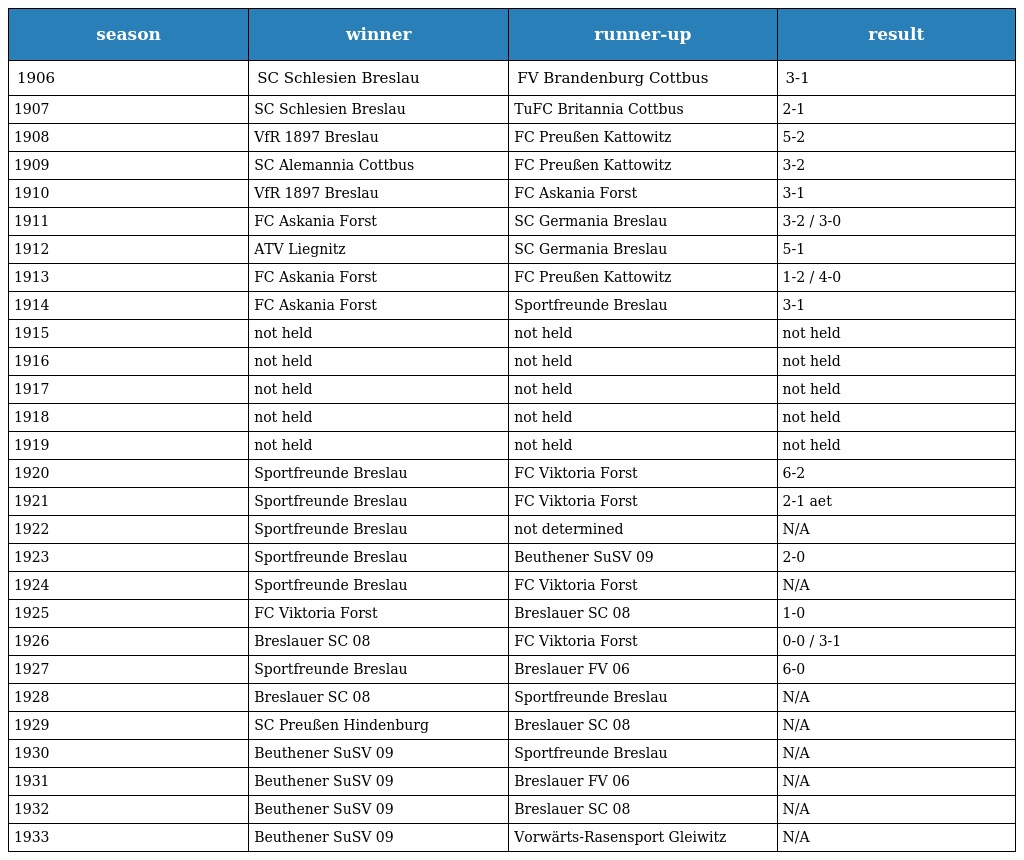
| season | winner | runner-up | result |
 | --- | --- | --- | --- |
 | 1906 | SC Schlesien Breslau | FV Brandenburg Cottbus | 3-1 |
 | 1907 | SC Schlesien Breslau | TuFC Britannia Cottbus | 2-1 |
 | 1908 | VfR 1897 Breslau | FC Preußen Kattowitz | 5-2 |
 | 1909 | SC Alemannia Cottbus | FC Preußen Kattowitz | 3-2 |
 | 1910 | VfR 1897 Breslau | FC Askania Forst | 3-1 |
 | 1911 | FC Askania Forst | SC Germania Breslau | 3-2 / 3-0 |
 | 1912 | ATV Liegnitz | SC Germania Breslau | 5-1 |
 | 1913 | FC Askania Forst | FC Preußen Kattowitz | 1-2 / 4-0 |
 | 1914 | FC Askania Forst | Sportfreunde Breslau | 3-1 |
 | 1915 | not held | not held | not held |
 | 1916 | not held | not held | not held |
 | 1917 | not held | not held | not held |
 | 1918 | not held | not held | not held |
 | 1919 | not held | not held | not held |
 | 1920 | Sportfreunde Breslau | FC Viktoria Forst | 6-2 |
 | 1921 | Sportfreunde Breslau | FC Viktoria Forst | 2-1 aet |
 | 1922 | Sportfreunde Breslau | not determined | N/A |
 | 1923 | Sportfreunde Breslau | Beuthener SuSV 09 | 2-0 |
 | 1924 | Sportfreunde Breslau | FC Viktoria Forst | N/A |
 | 1925 | FC Viktoria Forst | Breslauer SC 08 | 1-0 |
 | 1926 | Breslauer SC 08 | FC Viktoria Forst | 0-0 / 3-1 |
 | 1927 | Sportfreunde Breslau | Breslauer FV 06 | 6-0 |
 | 1928 | Breslauer SC 08 | Sportfreunde Breslau | N/A |
 | 1929 | SC Preußen Hindenburg | Breslauer SC 08 | N/A |
 | 1930 | Beuthener SuSV 09 | Sportfreunde Breslau | N/A |
 | 1931 | Beuthener SuSV 09 | Breslauer FV 06 | N/A |
 | 1932 | Beuthener SuSV 09 | Breslauer SC 08 | N/A |
 | 1933 | Beuthener SuSV 09 | Vorwärts-Rasensport Gleiwitz | N/A |